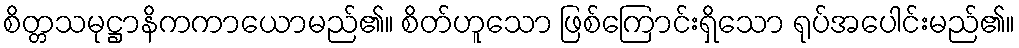
စိတ္တသမုဋ္ဌာနိကကာယောမည်၏။ စိတ်ဟူသော ဖြစ်ကြောင်းရှိသော ရုပ်အပေါင်းမည်၏။